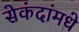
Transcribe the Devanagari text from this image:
सेकंदांमधे